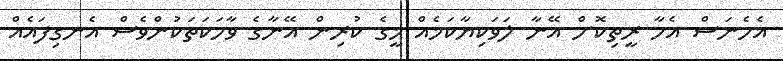
އެހެނަސް އެހާ ރީތިކޮށް އޭނާ ލަވަކިޔާކަމެއް މީގެ ކުރިން އޭނާގެ ވާހަކަތަކުންވެސް އެނގިފައެއް